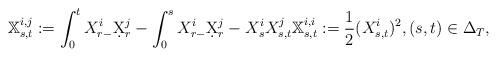
LaTeX: \begin{align*} \mathbb{X}^{i,j}_{s,t} := \int_0^t X^i_{r-} \d X^j_r - \int_0^s X^i_{r-} \d X^j_r - X^i_{s} X^j_{s,t} \mathbb{X}^{i,i}_{s,t} := \frac{1}{2}(X^i_{s,t})^2,(s,t)\in \Delta_T,\end{align*}